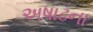
અષાઢના